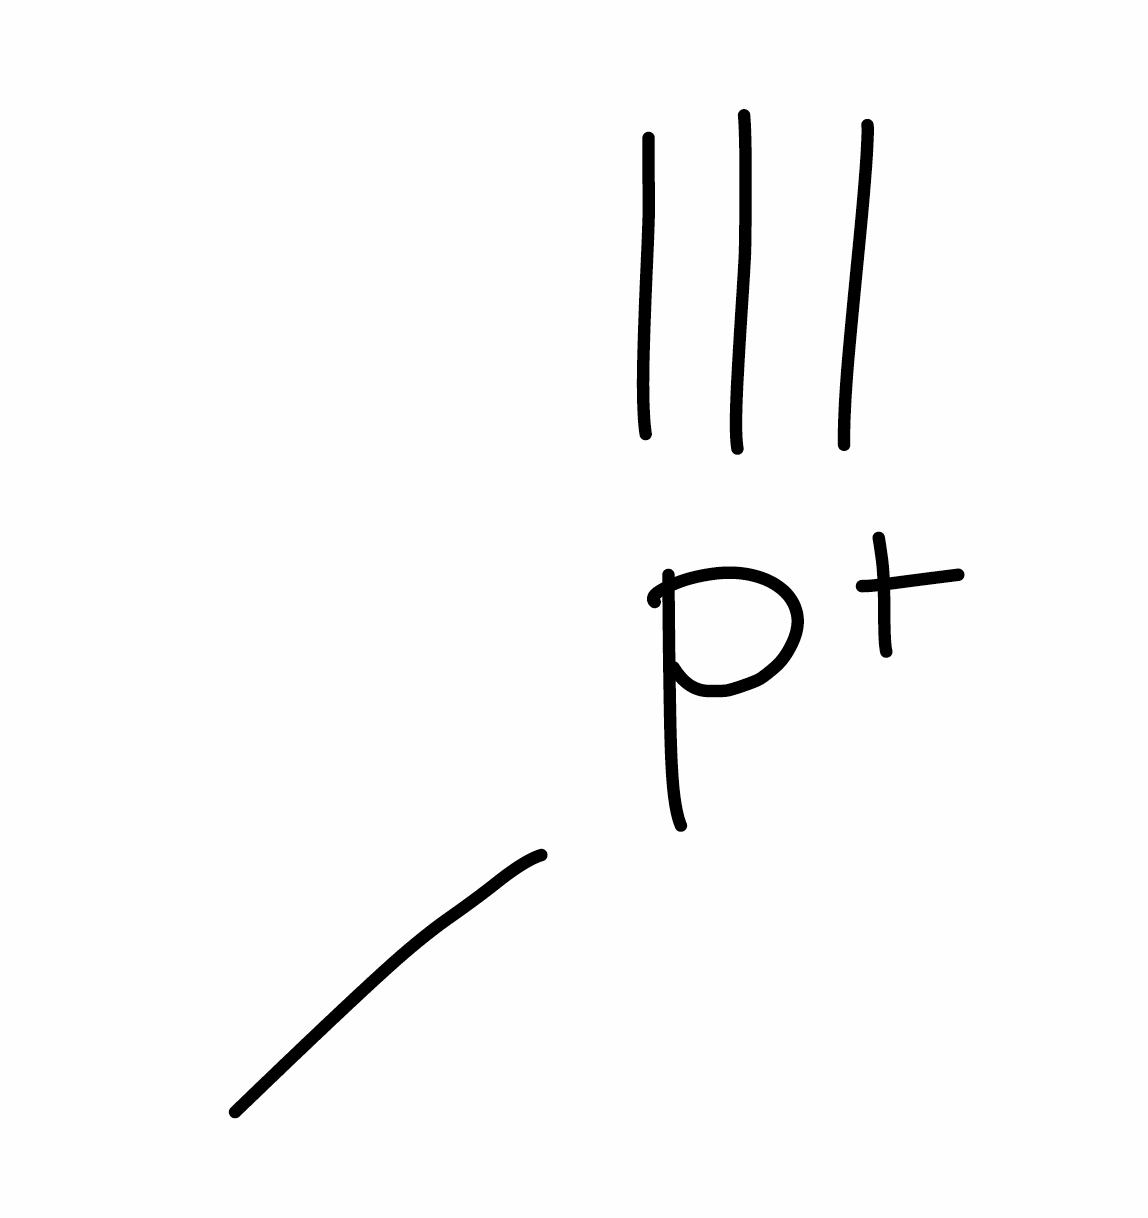
Simplified molecular-input line-entry system (SMILES) notation of the given molecule:
C[P+]#C